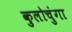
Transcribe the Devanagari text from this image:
कुलोचुंगा